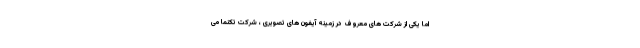
اما یکی از شرکت های معروف در زمینه آیفون های تصویری ، شرکت تکنما می